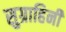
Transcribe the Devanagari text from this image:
सुग्राहिनी